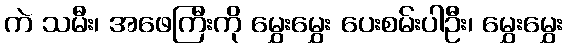
ကဲ သမီး၊ အဖေကြီးကို မွှေးမွှေး ပေးစမ်းပါဦး၊ မွှေးမွှေး